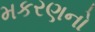
મકરણનો